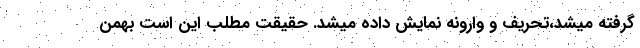
گرفته میشد،تحریف و وارونه نمایش داده میشد. حقیقت مطلب این است بهمن